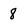
Character: 8